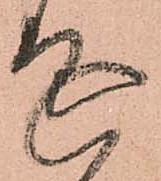
延